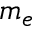
m _ { e }